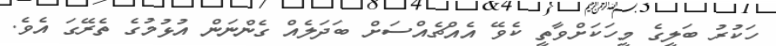
ހަކުރު ބަލީގެ މީހަކަށްވާތީ ކެވޭ އެއްޗެއްސަށް ބަދަލެއް ގެންނަން އުޅުމުގެ ތެރޭގަ އެވެ.